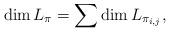
LaTeX: \begin{align*}\dim L_{\pi} =\sum \dim L_{\pi_{i,j}},\end{align*}